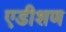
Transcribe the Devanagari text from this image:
एडीशण